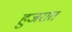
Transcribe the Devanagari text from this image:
हुजरात